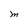
Character: M